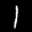
Label: 1